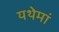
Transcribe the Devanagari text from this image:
यथेमां